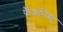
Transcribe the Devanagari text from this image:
फैशनिस्ट